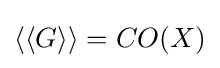
\langle \langle G\rangle \rangle =CO(X)